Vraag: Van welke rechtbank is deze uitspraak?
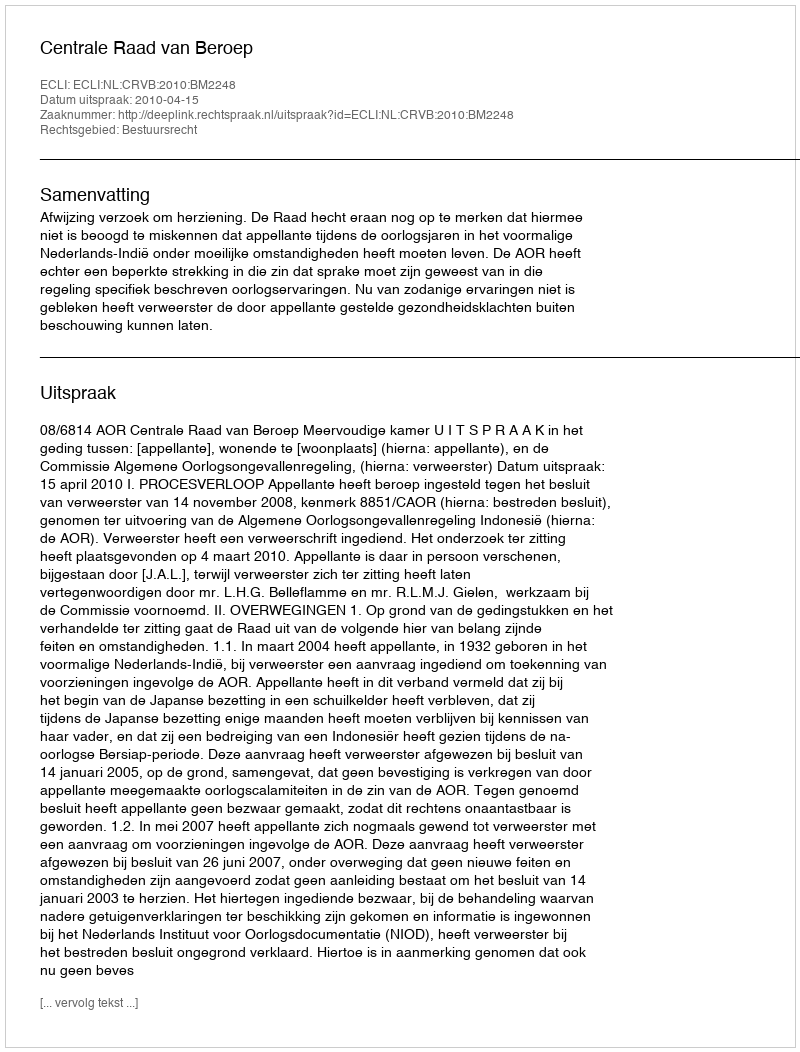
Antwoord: Centrale Raad van Beroep